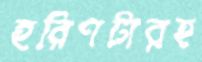
হরিণটারহ